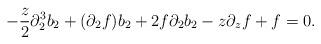
LaTeX: \begin{align*} -\frac{z}{2} \partial_{2}^{3} b_{2} + (\partial_{2}f) b_{2} + 2f \partial_{2} b_{2} - z\partial_{z} f + f=0.\end{align*}